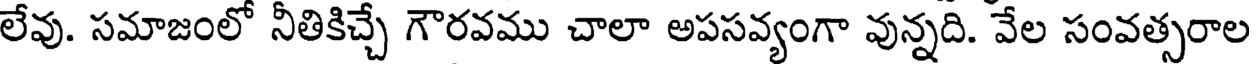
లేవు. సమాజంలో నీతికిచ్చే గౌరవము చాలా అపసవ్యంగా వున్నది. వేల సంవత్సరాల